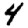
Digit: 4